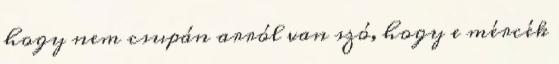
hogy nem csupán arról van szó, hogy e mércék